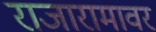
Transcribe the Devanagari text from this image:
राजारामावर